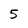
Character: 5